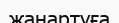
жаңартуға